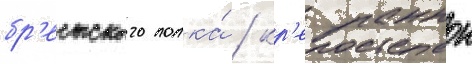
бр'естского полка́ / кр'епостнои